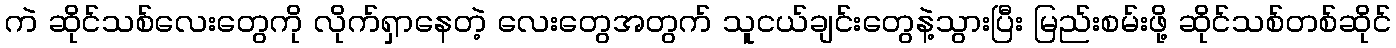
ကဲ ဆိုင်သစ်လေးတွေကို လိုက်ရှာနေတဲ့ လေးတွေအတွက် သူငယ်ချင်းတွေနဲ့သွားပြီး မြည်းစမ်းဖို့ ဆိုင်သစ်တစ်ဆိုင်